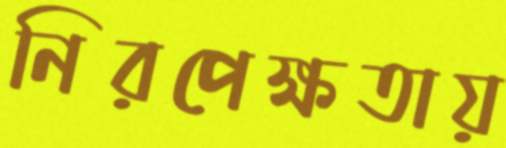
নিরপেক্ষতায়